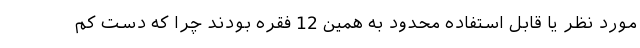
مورد نظر یا قابل استفاده محدود به همین 12 فقره بودند چرا که دست کم